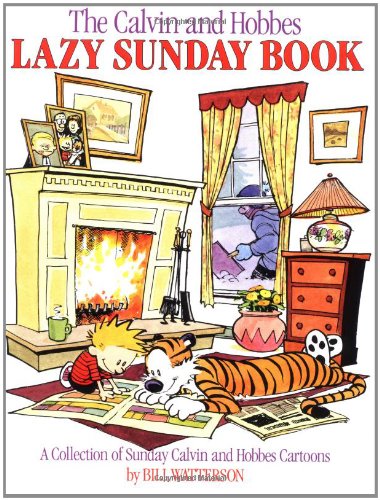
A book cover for The Calvin and Hobbes Lazy Sunday Book; Bill Watterson; Comics & Graphic Novels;